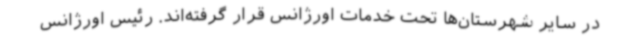
در سایر شهرستان‌ها تحت خدمات اورژانس قرار گرفته‌اند. رئیس اورژانس